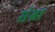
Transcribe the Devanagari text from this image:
संग्रा